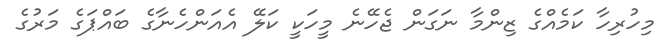
މިހުރިހާ ކަމެއްގެ ޒިންމާ ނަގަން ޖެހޭނެ މީހަކީ ކަލޭ އެއަންހެނާގެ ބައްޕަގެ މަރުގެ